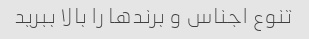
تنوع اجناس و برندها را بالا ببرید